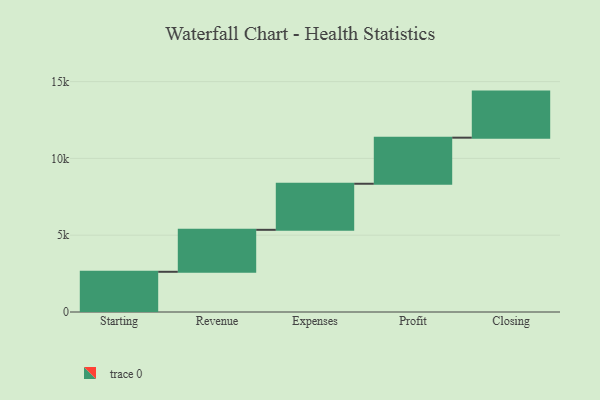
{"axis": {"x": "Step", "y": "Value"}, "legend": [""], "data": [{"x": "Starting", "y": 2618.0, "type": ""}, {"x": "Revenue", "y": 2733.0, "type": ""}, {"x": "Expenses", "y": 3000, "type": ""}, {"x": "Profit", "y": 3000, "type": ""}, {"x": "Closing", "y": 3000, "type": ""}]}